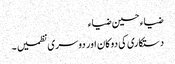
ضیاء حسین ضیاء
دستکاری کی دوکان اور دوسری نظمیں ۔